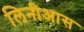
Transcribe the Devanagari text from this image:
लिनीआस